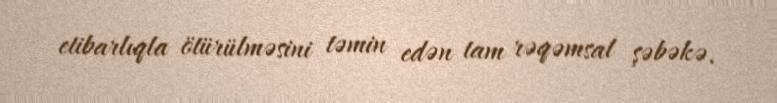
etibarlıqla ötürülməsini təmin edən tam rəqəmsal şəbəkə.